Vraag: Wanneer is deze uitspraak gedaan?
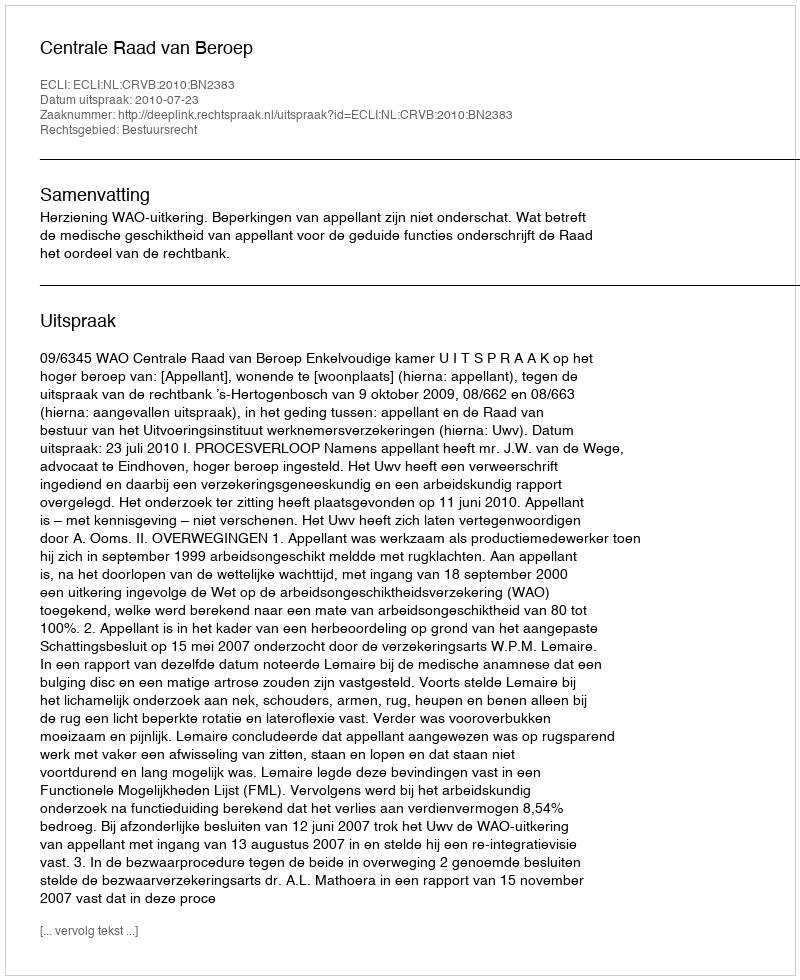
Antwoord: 2010-07-23